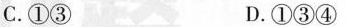
C.①③ D.①③④